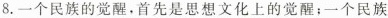
8.一个民族的觉醒。首先是思想文化上的觉醒；一个民族